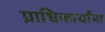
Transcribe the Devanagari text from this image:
प्राधिकार्यांना